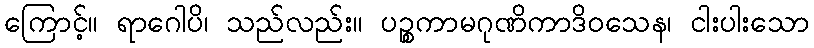
ကြောင့်။ ရာဂေါပိ၊ သည်လည်း။ ပဉ္စကာမဂုဏိကာဒိဝသေန၊ ငါးပါးသော